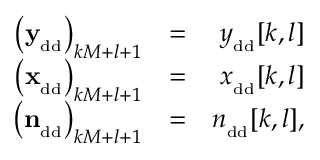
\begin{array} { r l r } { \left( { { \bf y } } _ { _ { \mathrm { \footnotesize { d d } } } } \right) _ { k M + l + 1 } } & { = } & { { { y } } _ { _ { \mathrm { \footnotesize { d d } } } } [ k , l ] } \\ { \left( { { \bf x } } _ { _ { \mathrm { \footnotesize { d d } } } } \right) _ { k M + l + 1 } } & { = } & { { { x } } _ { _ { \mathrm { \footnotesize { d d } } } } [ k , l ] } \\ { \, \, \, \left( { { \bf n } } _ { _ { \mathrm { \footnotesize { d d } } } } \right) _ { k M + l + 1 } } & { = } & { { { n } } _ { _ { \mathrm { \footnotesize { d d } } } } [ k , l ] , } \end{array}